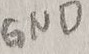
Text: GND